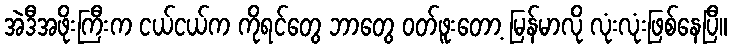
အဲဒီအဖိုးကြီးက ငယ်ငယ်က ကိုရင်တွေ ဘာတွေ ဝတ်ဖူးတော့ မြန်မာလို လုံးလုံးဖြစ်နေပြီ။